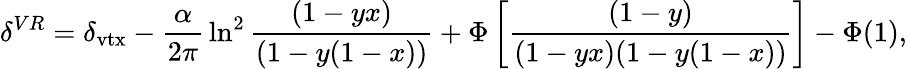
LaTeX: \delta^{VR}=\delta_{\mathrm{vtx}}-{\frac{\alpha}{2\pi}}\ln^{2}{\frac{(1-yx)}{(1-y(1-x))}}+\Phi\left[{\frac{(1-y)}{(1-yx)(1-y(1-x))}}\right]-\Phi(1),